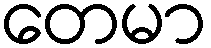
တေမာ